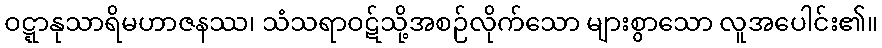
ဝဋ္ဋာနုသာရိမဟာဇနဿ၊ သံသရာဝဋ်သို့အစဉ်လိုက်သော များစွာသော လူအပေါင်း၏။